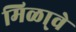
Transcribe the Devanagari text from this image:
मिळा्वे